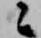
々